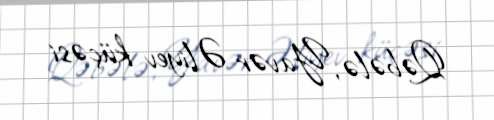
Qəbələ, Yavər Əliyev küçəsi